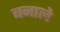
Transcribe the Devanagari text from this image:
बनाले